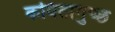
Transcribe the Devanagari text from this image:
कवितागुच्छ